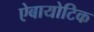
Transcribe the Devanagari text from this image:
ऐबायोटिक